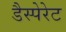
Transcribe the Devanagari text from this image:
डैस्पेरेट